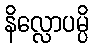
နိလ္လောပမ္ပိ